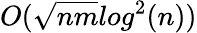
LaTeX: O({\sqrt{nm}}log^{2}(n))